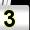
Digit: 3